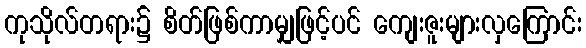
ကုသိုလ်တရား၌ စိတ်ဖြစ်ကာမျှဖြင့်ပင် ကျေးဇူးများလှကြောင်း